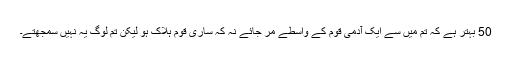
50 بہتر ہے کہ تم میں سے ایک آدمی قوم کے واسطے مر جائے نہ کہ ساری قوم ہلاک ہو لیکن تم لوگ یہ نہیں سمجھتے۔